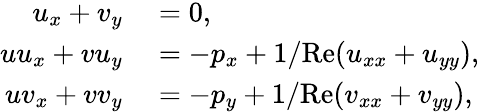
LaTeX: \begin{array}{rl}{u_{x}+v_{y}}&{{}=0,}\\ {uu_{x}+vu_{y}}&{{}=-p_{x}+1/\mathrm{Re}(u_{xx}+u_{yy}),}\\ {uv_{x}+vv_{y}}&{{}=-p_{y}+1/\mathrm{Re}(v_{xx}+v_{yy}),}\end{array}